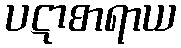
ပဋာစာရာယ